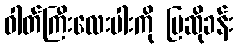
ဓါတ်ကြီးလေးပါးကို ပြဆိုခန်း